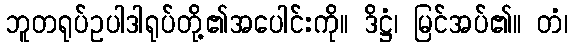
ဘူတရုပ်ဥပါဒါရုပ်တို့၏အပေါင်းကို။ ဒိဋ္ဌံ၊ မြင်အပ်၏။ တံ၊